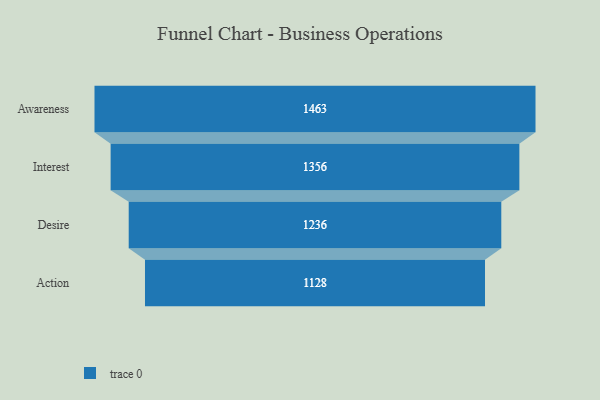
{"axis": {"x": "Stage", "y": "Value"}, "legend": [""], "data": [{"x": "Awareness", "y": 1463.0, "type": ""}, {"x": "Interest", "y": 1356.0, "type": ""}, {"x": "Desire", "y": 1236.0, "type": ""}, {"x": "Action", "y": 1128.0, "type": ""}]}